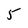
Character: 5